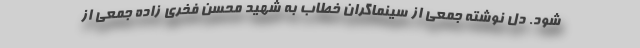
شود. دل نوشته جمعی از سینماگران خطاب به شهید محسن فخری زاده جمعی از